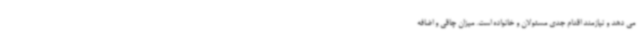
می دهد و نیازمند اقدام جدی مسئولان و خانواده است. میزان چاقی و اضافه